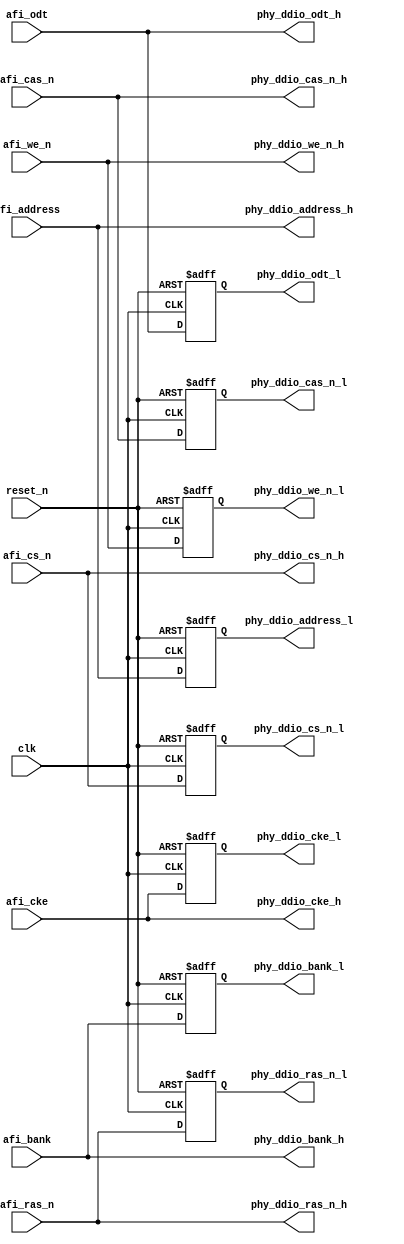
module ddr2_v10_1_addr_cmd_datapath(
    clk,
    reset_n,
    afi_address,
	afi_bank,
	afi_cs_n,
	afi_cke,
	afi_odt,
	afi_ras_n,
	afi_cas_n,
	afi_we_n,
    phy_ddio_address_l,
    phy_ddio_address_h,
	phy_ddio_bank_l,
	phy_ddio_bank_h,
	phy_ddio_cs_n_l,
	phy_ddio_cs_n_h,
	phy_ddio_cke_l,
	phy_ddio_cke_h,
	phy_ddio_odt_l,
	phy_ddio_odt_h,
	phy_ddio_we_n_l,
	phy_ddio_we_n_h,
	phy_ddio_ras_n_l,
	phy_ddio_ras_n_h,
	phy_ddio_cas_n_l,
	phy_ddio_cas_n_h
);



parameter MEM_ADDRESS_WIDTH     = ""; 
parameter MEM_BANK_WIDTH        = ""; 
parameter MEM_CHIP_SELECT_WIDTH = ""; 
parameter MEM_CLK_EN_WIDTH 		= ""; 
parameter MEM_ODT_WIDTH 		= ""; 
parameter MEM_DM_WIDTH          = ""; 
parameter MEM_CONTROL_WIDTH     = ""; 
parameter MEM_DQ_WIDTH          = ""; 
parameter MEM_READ_DQS_WIDTH    = ""; 
parameter MEM_WRITE_DQS_WIDTH   = ""; 

parameter AFI_ADDRESS_WIDTH         = ""; 
parameter AFI_BANK_WIDTH            = ""; 
parameter AFI_CHIP_SELECT_WIDTH     = ""; 
parameter AFI_CLK_EN_WIDTH     		= ""; 
parameter AFI_ODT_WIDTH     		= ""; 
parameter AFI_DATA_MASK_WIDTH       = ""; 
parameter AFI_CONTROL_WIDTH         = ""; 
parameter AFI_DATA_WIDTH            = ""; 





input	reset_n;
input	clk;

input	[AFI_ADDRESS_WIDTH-1:0]	afi_address;
input   [AFI_BANK_WIDTH-1:0]    afi_bank;
input   [AFI_CONTROL_WIDTH-1:0] afi_cas_n;
input   [AFI_CLK_EN_WIDTH-1:0] afi_cke;
input   [AFI_CHIP_SELECT_WIDTH-1:0] afi_cs_n;
input   [AFI_ODT_WIDTH-1:0] afi_odt;
input   [AFI_CONTROL_WIDTH-1:0] afi_ras_n;
input   [AFI_CONTROL_WIDTH-1:0] afi_we_n;
output	[MEM_ADDRESS_WIDTH-1:0]	phy_ddio_address_l;
output	[MEM_ADDRESS_WIDTH-1:0]	phy_ddio_address_h;
output    [MEM_BANK_WIDTH-1:0]    phy_ddio_bank_l;
output    [MEM_BANK_WIDTH-1:0]    phy_ddio_bank_h;
output    [MEM_CHIP_SELECT_WIDTH-1:0] phy_ddio_cs_n_l;
output    [MEM_CHIP_SELECT_WIDTH-1:0] phy_ddio_cs_n_h;
output    [MEM_CLK_EN_WIDTH-1:0] phy_ddio_cke_l;
output    [MEM_CLK_EN_WIDTH-1:0] phy_ddio_cke_h;
output    [MEM_ODT_WIDTH-1:0] phy_ddio_odt_l;
output    [MEM_ODT_WIDTH-1:0] phy_ddio_odt_h;
output    [MEM_CONTROL_WIDTH-1:0] phy_ddio_ras_n_l;
output    [MEM_CONTROL_WIDTH-1:0] phy_ddio_ras_n_h;
output    [MEM_CONTROL_WIDTH-1:0] phy_ddio_cas_n_l;
output    [MEM_CONTROL_WIDTH-1:0] phy_ddio_cas_n_h;
output    [MEM_CONTROL_WIDTH-1:0] phy_ddio_we_n_l;
output    [MEM_CONTROL_WIDTH-1:0] phy_ddio_we_n_h;


wire	[MEM_ADDRESS_WIDTH-1:0]	afi_address_high;
wire	[MEM_ADDRESS_WIDTH-1:0]	afi_address_low;
wire	[MEM_BANK_WIDTH-1:0]    afi_bank_high;
wire	[MEM_BANK_WIDTH-1:0]    afi_bank_low;
wire	[MEM_CONTROL_WIDTH-1:0] afi_cas_n_high;
wire	[MEM_CONTROL_WIDTH-1:0] afi_cas_n_low;
wire	[MEM_CLK_EN_WIDTH-1:0] afi_cke_high;
wire	[MEM_CLK_EN_WIDTH-1:0] afi_cke_low;
wire	[MEM_CHIP_SELECT_WIDTH-1:0] afi_cs_n_high;
wire	[MEM_CHIP_SELECT_WIDTH-1:0] afi_cs_n_low;
wire	[MEM_ODT_WIDTH-1:0] afi_odt_high;
wire	[MEM_ODT_WIDTH-1:0] afi_odt_low;
wire	[MEM_CONTROL_WIDTH-1:0] afi_ras_n_high;
wire	[MEM_CONTROL_WIDTH-1:0] afi_ras_n_low;
wire	[MEM_CONTROL_WIDTH-1:0] afi_we_n_high;
wire	[MEM_CONTROL_WIDTH-1:0] afi_we_n_low;

	// each signal has a high and a low portion,
	// connecting to the high and low inputs of the DDIO_OUT,
	// for the purpose of creating double data rate

    assign afi_address_low = afi_address[MEM_ADDRESS_WIDTH-1:0];
    assign afi_bank_low = afi_bank[MEM_BANK_WIDTH-1:0];
    assign afi_cke_low = afi_cke[MEM_CLK_EN_WIDTH-1:0];
    assign afi_odt_low = afi_odt[MEM_ODT_WIDTH-1:0];
    assign afi_cs_n_low = afi_cs_n[MEM_CHIP_SELECT_WIDTH-1:0];
    assign afi_we_n_low = afi_we_n[MEM_CONTROL_WIDTH-1:0];
    assign afi_ras_n_low = afi_ras_n[MEM_CONTROL_WIDTH-1:0];
    assign afi_cas_n_low = afi_cas_n[MEM_CONTROL_WIDTH-1:0];

    assign afi_address_high = afi_address[AFI_ADDRESS_WIDTH-1:MEM_ADDRESS_WIDTH];
    assign afi_bank_high = afi_bank[AFI_BANK_WIDTH-1:MEM_BANK_WIDTH];
    assign afi_cke_high = afi_cke[AFI_CLK_EN_WIDTH-1:MEM_CLK_EN_WIDTH];
    assign afi_odt_high = afi_odt[AFI_ODT_WIDTH-1:MEM_ODT_WIDTH];
    assign afi_cs_n_high = afi_cs_n[AFI_CHIP_SELECT_WIDTH-1:MEM_CHIP_SELECT_WIDTH];
    assign afi_we_n_high = afi_we_n[AFI_CONTROL_WIDTH-1:MEM_CONTROL_WIDTH];
    assign afi_ras_n_high = afi_ras_n[AFI_CONTROL_WIDTH-1:MEM_CONTROL_WIDTH];
    assign afi_cas_n_high = afi_cas_n[AFI_CONTROL_WIDTH-1:MEM_CONTROL_WIDTH];


wire	[MEM_ADDRESS_WIDTH-1:0]	afi_address_high_r;
wire	[MEM_ADDRESS_WIDTH-1:0]	afi_address_low_r;
wire	[MEM_BANK_WIDTH-1:0]    afi_bank_high_r;
wire	[MEM_CONTROL_WIDTH-1:0] afi_cas_n_high_r;
wire	[MEM_CLK_EN_WIDTH-1:0] afi_cke_high_r;
wire	[MEM_CHIP_SELECT_WIDTH-1:0] afi_cs_n_high_r;
wire	[MEM_ODT_WIDTH-1:0] afi_odt_high_r;
wire	[MEM_CONTROL_WIDTH-1:0] afi_ras_n_high_r;
wire	[MEM_CONTROL_WIDTH-1:0] afi_we_n_high_r;

wire	[MEM_BANK_WIDTH-1:0]    afi_bank_low_r;
wire	[MEM_CONTROL_WIDTH-1:0] afi_cas_n_low_r;
wire	[MEM_CLK_EN_WIDTH-1:0] afi_cke_low_r;
wire	[MEM_CHIP_SELECT_WIDTH-1:0] afi_cs_n_low_r;
wire	[MEM_ODT_WIDTH-1:0] afi_odt_low_r;
wire	[MEM_CONTROL_WIDTH-1:0] afi_ras_n_low_r;
wire	[MEM_CONTROL_WIDTH-1:0] afi_we_n_low_r;

	assign afi_address_high_r = afi_address_high;
	assign afi_address_low_r = afi_address_low;
	assign afi_bank_high_r = afi_bank_high;
	assign afi_cas_n_high_r = afi_cas_n_high;
	assign afi_cke_high_r = afi_cke_high;
	assign afi_cs_n_high_r = afi_cs_n_high;
	assign afi_odt_high_r = afi_odt_high;
	assign afi_ras_n_high_r = afi_ras_n_high;
	assign afi_we_n_high_r = afi_we_n_high;

	assign afi_bank_low_r = afi_bank_low;
	assign afi_cas_n_low_r = afi_cas_n_low;
	assign afi_cke_low_r = afi_cke_low;
	assign afi_cs_n_low_r = afi_cs_n_low;
	assign afi_odt_low_r = afi_odt_low;
	assign afi_ras_n_low_r = afi_ras_n_low;
	assign afi_we_n_low_r = afi_we_n_low;
 


 
reg	[MEM_ADDRESS_WIDTH-1:0]	afi_address_high_rr;
reg	[MEM_BANK_WIDTH-1:0]    afi_bank_high_rr;
reg	[MEM_CONTROL_WIDTH-1:0] afi_cas_n_high_rr;
reg	[MEM_CLK_EN_WIDTH-1:0] afi_cke_high_rr;
reg	[MEM_CHIP_SELECT_WIDTH-1:0] afi_cs_n_high_rr;
reg	[MEM_ODT_WIDTH-1:0] afi_odt_high_rr;
reg	[MEM_CONTROL_WIDTH-1:0] afi_ras_n_high_rr;
reg	[MEM_CONTROL_WIDTH-1:0] afi_we_n_high_rr;

	always @(posedge clk or negedge reset_n)
		if (~reset_n) begin
			afi_address_high_rr <= {MEM_ADDRESS_WIDTH{1'b0}};
			afi_bank_high_rr <= {MEM_BANK_WIDTH{1'b0}};
			afi_cke_high_rr <= {MEM_CLK_EN_WIDTH{1'b0}};
			afi_cs_n_high_rr <= {MEM_CHIP_SELECT_WIDTH{1'b1}};
			afi_odt_high_rr <= {MEM_ODT_WIDTH{1'b0}};
			afi_ras_n_high_rr <= {MEM_CONTROL_WIDTH{1'b1}};
			afi_cas_n_high_rr <= {MEM_CONTROL_WIDTH{1'b1}};
			afi_we_n_high_rr <= {MEM_CONTROL_WIDTH{1'b1}};
		end
		else begin
			afi_address_high_rr <= afi_address_high_r;
			afi_bank_high_rr <= afi_bank_high_r;
			afi_cke_high_rr <= afi_cke_high_r;
			afi_cs_n_high_rr <= afi_cs_n_high_r;
			afi_odt_high_rr <= afi_odt_high_r;
			afi_ras_n_high_rr <= afi_ras_n_high_r;
			afi_cas_n_high_rr <= afi_cas_n_high_r;
			afi_we_n_high_rr <= afi_we_n_high_r;
    end


    assign phy_ddio_address_h = afi_address_low_r;
    assign phy_ddio_address_l = afi_address_high_rr;
	assign phy_ddio_bank_h = afi_bank_low_r;
	assign phy_ddio_cke_h = afi_cke_low_r;
	assign phy_ddio_cs_n_h = afi_cs_n_low_r;
	assign phy_ddio_odt_h = afi_odt_low_r;
	assign phy_ddio_ras_n_h = afi_ras_n_low_r;
	assign phy_ddio_cas_n_h = afi_cas_n_low_r;
	assign phy_ddio_we_n_h = afi_we_n_low_r;

	assign phy_ddio_bank_l = afi_bank_high_rr;
	assign phy_ddio_cke_l = afi_cke_high_rr;
	assign phy_ddio_cs_n_l = afi_cs_n_high_rr;
	assign phy_ddio_odt_l = afi_odt_high_rr;
	assign phy_ddio_ras_n_l = afi_ras_n_high_rr;
	assign phy_ddio_cas_n_l = afi_cas_n_high_rr;
	assign phy_ddio_we_n_l = afi_we_n_high_rr;

endmodule